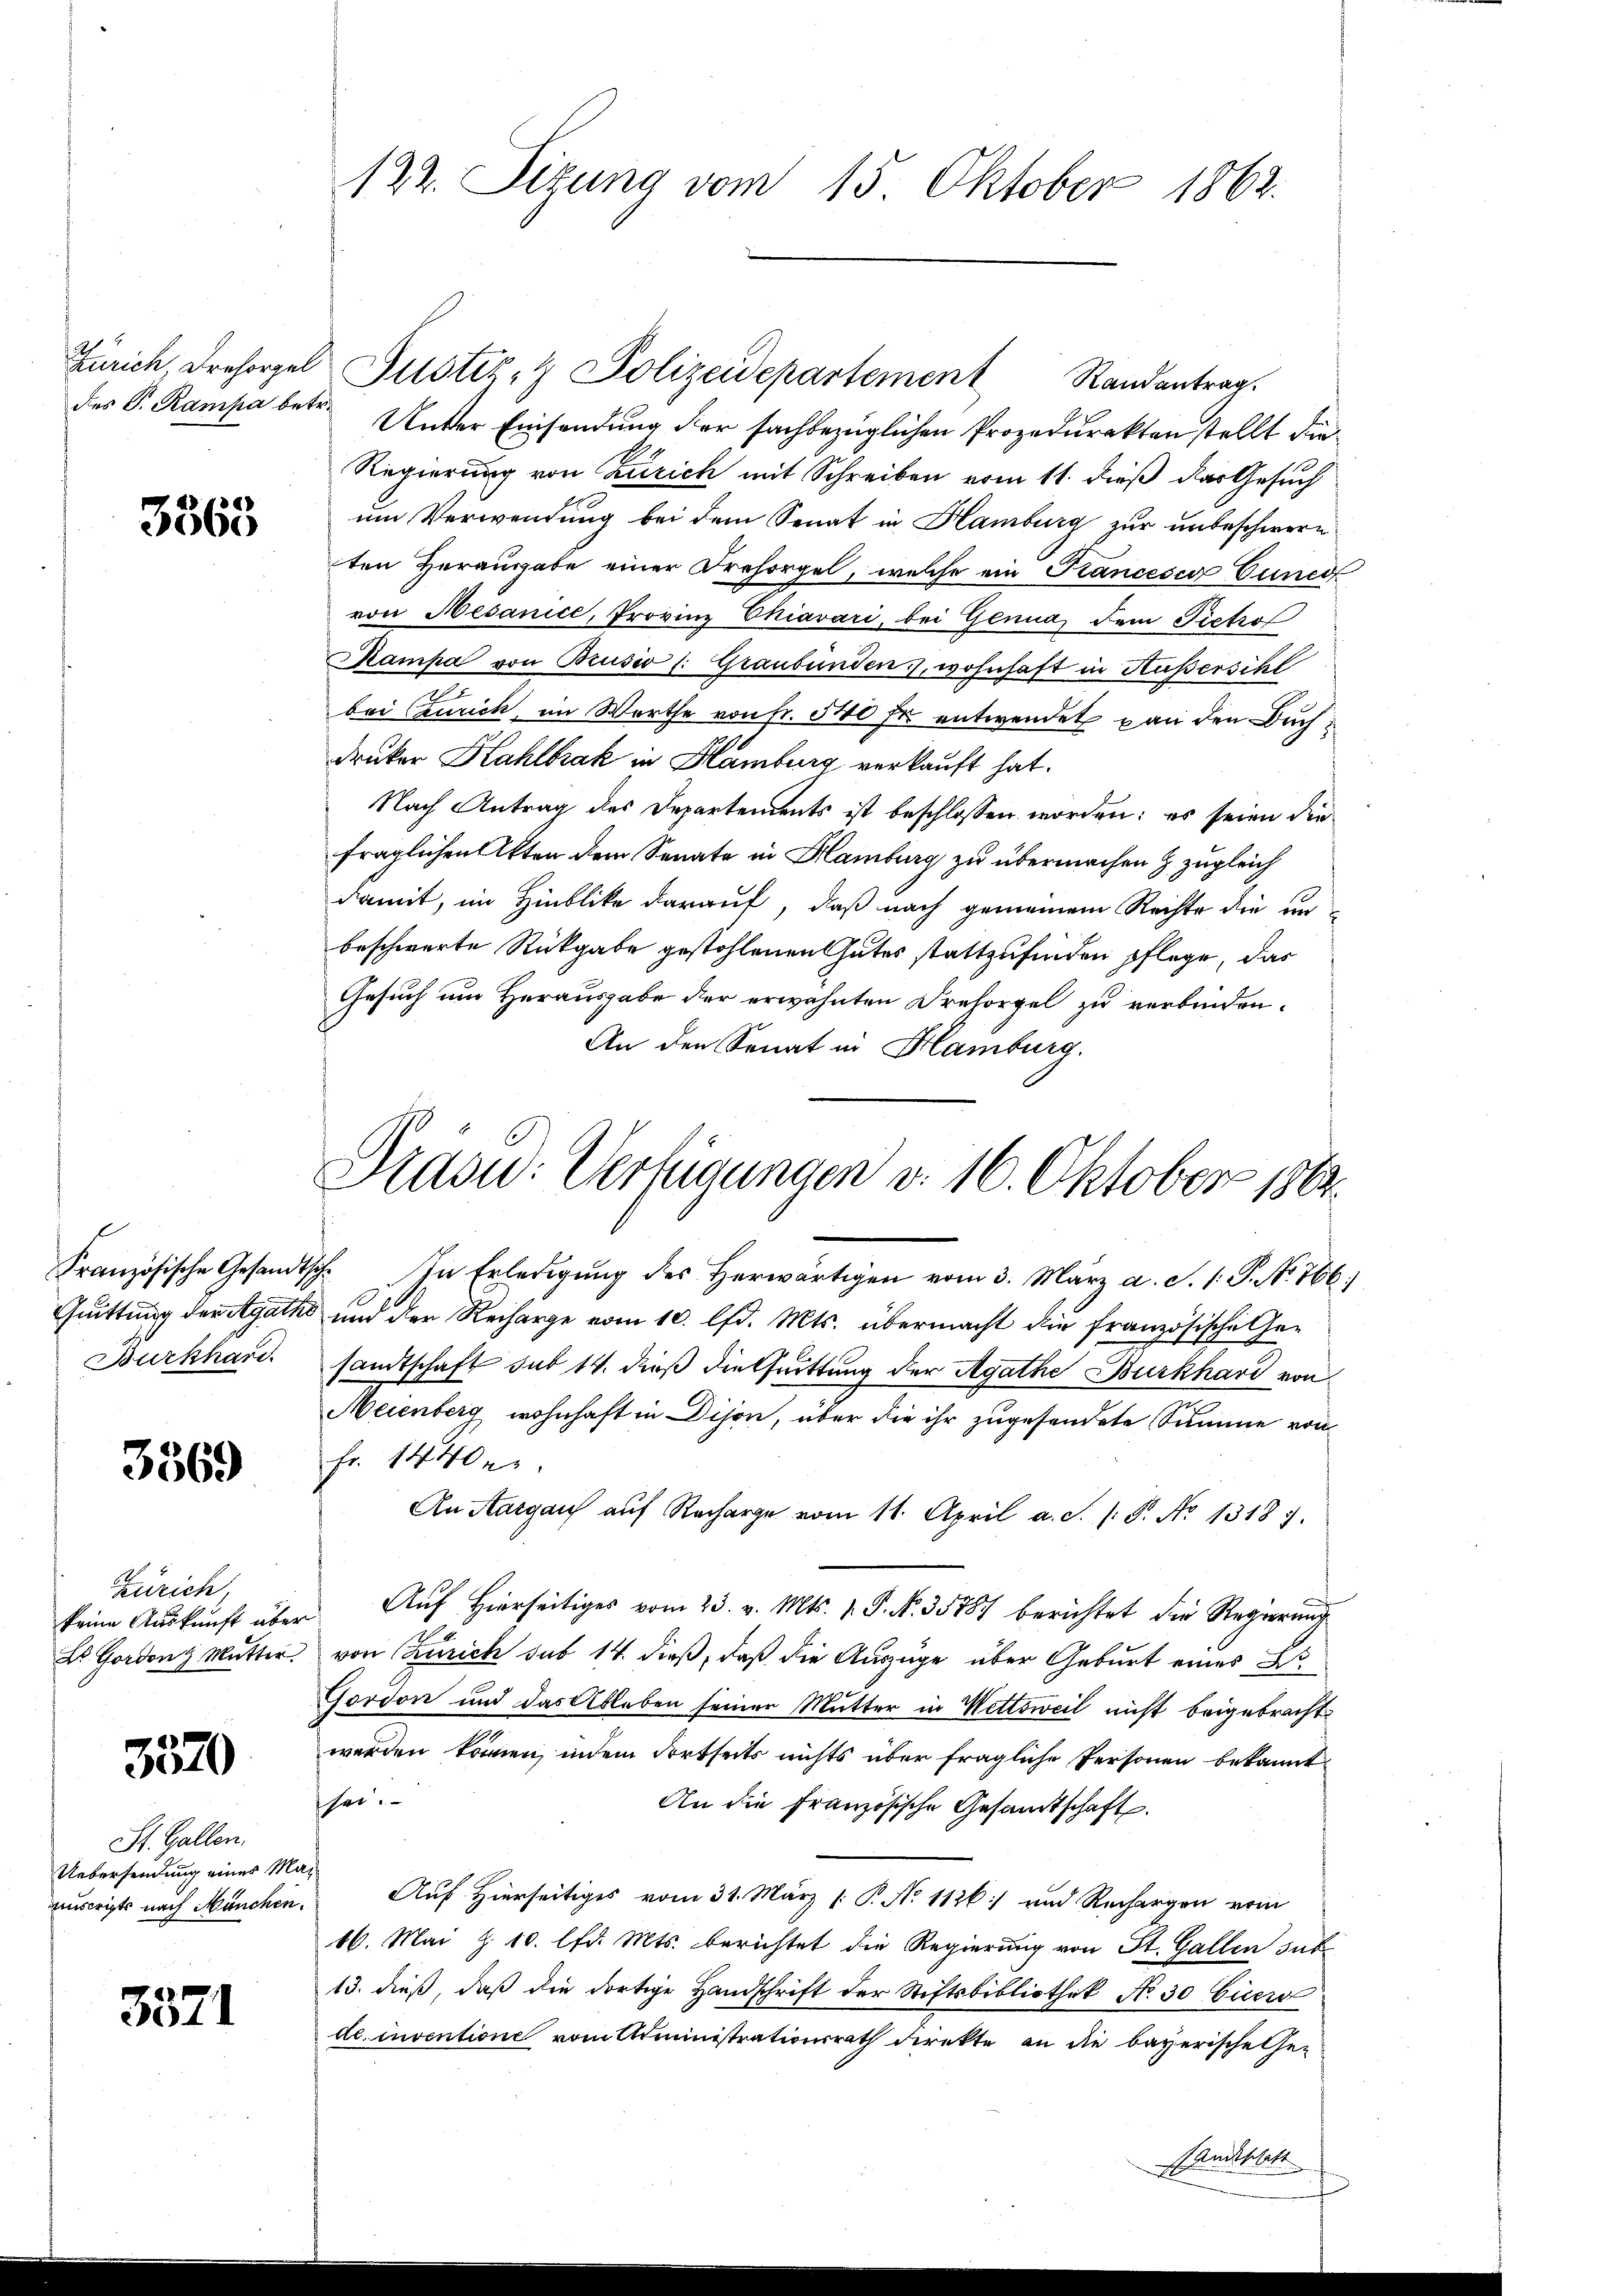
3365

Zürich,
3520
St. Gallen.
Uebersendung eines Mauscripts nach München.

3369

3371

122. Sitzung vom 15. Oktober 1862.

des P. Rampa betr. Unter Einsendung der sachbezüglichen Prozedurakten stellt die
Regierung von Zürich mit Schreiben vom 11. dieß das Gesuch
um Verwendung bei dem Senat in Hamburg zur unbeschwere
ten Herausgabe einer Drehorgel, welche ein Krancesco Cunes
von Nesanice, Provinz Chiavari, bei Genua, dem Pietrof
Rampa von Brusio (: Graubünden, wohnhaft in Hußersihl
bei Czurich, im Worthe von Fr. 540 fr entwendet von den Buch
druker Kahlbrak in Hamburg verkauft hat.
Nach Antrag des Departements ist beschlossen worden; es seien die
fraglichen Akten dem Senate in Hamburg zu übermachen & zugleich
damit, im Hinblicke darauf, daß nach gemeinem Rechte die un
beschwerte Rückgabe gestohlenen Gutes stattzufinden pflege, das
Gesuch um Herausgabe der erwähnten Dresorgel zu verbinden.
An den Senat in Hamburg.
Französische Gesandtsch. In Erledigŭng des herwärtigen vom 3. März a. S. 1. P. No. 766:
Quittung der Agaths und der Recharge vom 10. lfd. Mts. übermacht die französische Ge-
Burkhard sandtschaft sub 14. dieß die trittung der Agathe Burkhard von
Meienberg wohnhaft in Dijon, über die ihr zugesendete Summe von
fr. 1440er
An Aargau auf Recharge vom 11. April a. S. /: P. No 1318).
keine Aŭskŭnft über Aŭf Hierseitiges vom 23. v. Mts. v. P. Nr. 35787 berichtet die Regierŭng
Es Gordong Mutter, von Zürich sub 14. dieß, daß die Auszüge über Geburt eines B
Gordon und das Ableben seiner Mutter in Wettsweil nicht beigebracht
werden können, indem dortseits nichts über fragliche Personen bekannt
sei.
An die Französische Gesandtschaft.
Auf Hierseitiges vom 31. März [ P. No 1126) und Rechargen vom
16. Mai Z. 10. lfd. Mts. berichtet die Regierung von St. Gallen sub
13. dieß, daβ die dortige Handschrift der Stiftsbibliothek No. 30 Eiers
dc. inventione vom Administrationsrath direkte an die bayerische Ge-
andesblatt

Zürich, Dresorgel Justiz- & Polizeidepartement Randantrag.

Präsid.: Verfügungen d. 16. Oktober 1864.